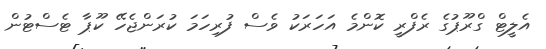
އެލީޓް ގްރޫޕުގެ ރެފްރީ ކޮންމެ އަހަރަކު ވެސް ފުރިހަމަ ކުރަންޖެހޭ ކޫޕާ ޓެސްޓުން